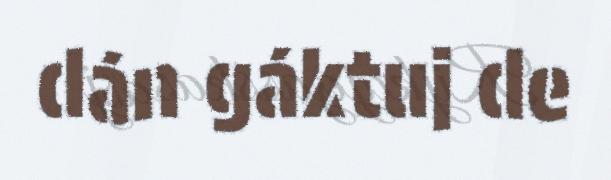
dán gáktuj de